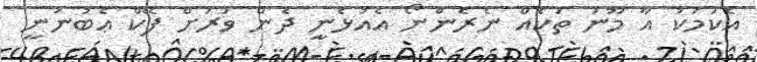
އެކަމަކު އާ މޫނު ތަކެއް ނެރެންނޯ އެއުޅެނީ ދެން ވަރަށް ފޭކް ޢެބުނަނީ